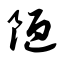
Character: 陋